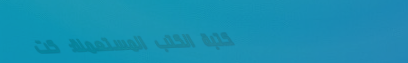
مكتبة الكتب المستعملة: كت